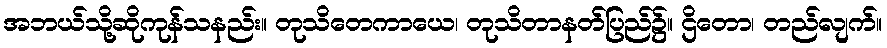
အဘယ်သို့ဆိုကုန်သနည်း။ တုသိတေကာယေ၊ တုသိတာနတ်ပြည်၌။ ဌိတော၊ တည်လျက်။